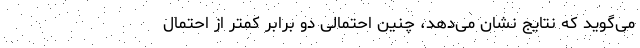
می‌گوید که نتایج نشان می‌دهد، چنین احتمالی دو برابر کمتر از احتمال